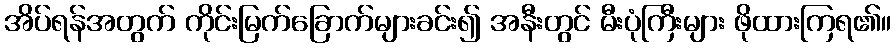
အိပ်ရန်အတွက် ကိုင်းမြက်ခြောက်များခင်း၍ အနီးတွင် မီးပုံကြီးများ ဖိုထားကြရ၏။